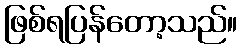
ဖြစ်ရပြန်တော့သည်။